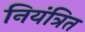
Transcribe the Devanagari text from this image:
नियंत्रित